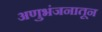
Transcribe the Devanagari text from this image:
अणुभंजनातून